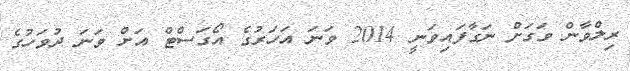
ރިލްވާން ވަގަށް ނަގާފައިވަނީ 2014 ވަނަ އަހަރުގެ އޯގަސްޓް އަށް ވަނަ ދުވަހުގެ